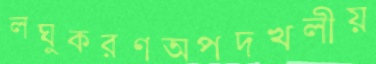
লঘুকরণঅপদখলীয়